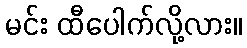
မင်း ထီပေါက်လို့လား။